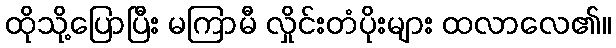
ထိုသို့ပြောပြီး မကြာမီ လှိုင်းတံပိုးများ ထလာလေ၏။